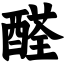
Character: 醛